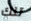
تلك